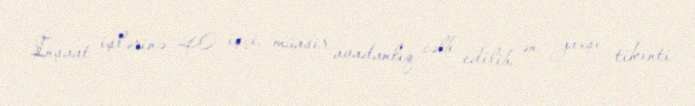
İnşaat işlərinə 40 işçi, müasir avadanlıq cəlb edilib, ən yaxşı tikinti